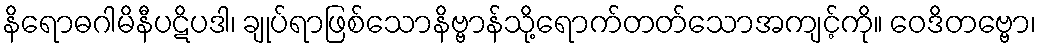
နိရောဓဂါမိနီပဋိပဒါ၊ ချုပ်ရာဖြစ်သောနိဗ္ဗာန်သို့ရောက်တတ်သောအကျင့်ကို။ ဝေဒိတဗ္ဗော၊